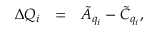
\begin{array} { c l l l c } { { \Delta Q _ { i } } } & { { = } } & { { \tilde { A } _ { q _ { i } } - \tilde { C } _ { q _ { i } } , } } \end{array}